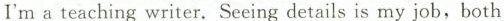
I'm a teaching writer. Seeing details is my job,both